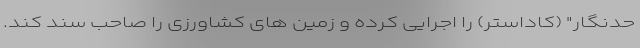
حدنگار" (کاداستر) را اجرایی کرده و زمین های کشاورزی را صاحب سند کند.